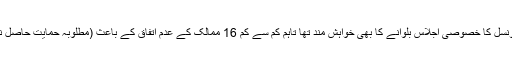
پاکستان کشمیر کے معاملے پر انسانی حقوق کونسل کا خصوصی اجلاس بلوانے کا بھی خواہش مند تھا تاہم کم سے کم 16 ممالک کے عدم اتفاق کے باعث (مطلوبہ حمایت حاصل نہ کر سکنے کے باعث) اس میں بھی ناکام رہا۔